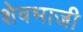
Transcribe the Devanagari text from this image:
शेवभाजी